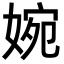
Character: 婉